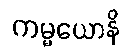
ကမ္မယောနိ